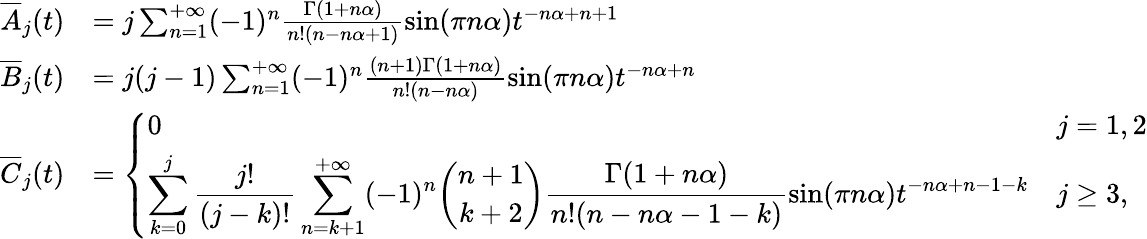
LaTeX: \begin{array}{rl}{\overline{{A}}_{j}(t)}&{=j\sum_{n=1}^{+\infty}(-1)^{n}\frac{\Gamma(1+n\alpha)}{n!(n-n\alpha+1)}\sin(\pi n\alpha)t^{-n\alpha+n+1}}\\ {\overline{{B}}_{j}(t)}&{=j(j-1)\sum_{n=1}^{+\infty}(-1)^{n}\frac{(n+1)\Gamma(1+n\alpha)}{n!(n-n\alpha)}\sin(\pi n\alpha)t^{-n\alpha+n}}\\ {\overline{{C}}_{j}(t)}&{=\left\{ \begin{array}{ll}{0}&{j=1,2}\\ {\displaystyle\sum_{k=0}^{j}\frac{j!}{(j-k)!}\sum_{n=k+1}^{+\infty}(-1)^{n}\binom{n+1}{k+2}\frac{\Gamma(1+n\alpha)}{n!(n-n\alpha-1-k)}\sin(\pi n\alpha)t^{-n\alpha+n-1-k}}&{j\ge 3,}\end{array}\right.}\end{array}